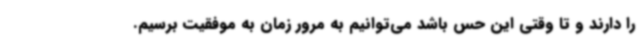
را دارند و تا وقتی این حس باشد می‌توانیم به مرور زمان به موفقیت برسیم.